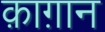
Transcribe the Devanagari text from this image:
क़ाग़ान